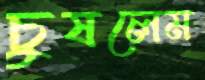
চুষলেম